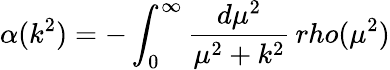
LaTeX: \alpha(k^{2})=-\int_{0}^{\infty}{\frac{d\mu^{2}}{\mu^{2}+k^{2}}}\, rho(\mu^{2})